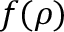
f ( \rho )